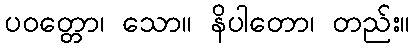
ပဝတ္တော၊ သော။ နိပါတော၊ တည်း။